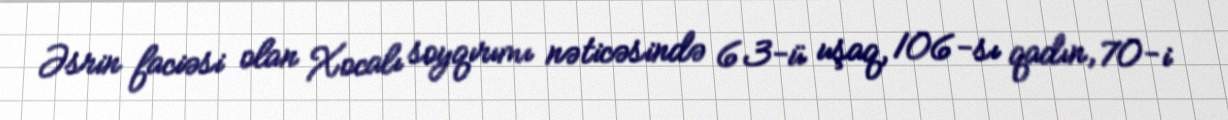
Əsrin faciəsi olan Xocalı soyqırımı nəticəsində 63-ü uşaq, 106-sı qadın, 70-i